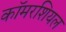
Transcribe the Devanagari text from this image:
कॉमरशियल